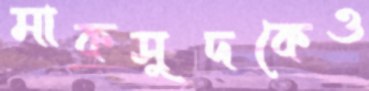
মাকসুদকেও